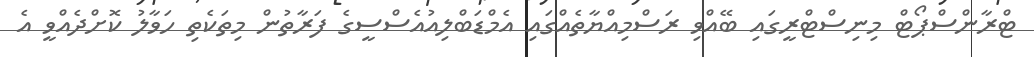
ޓްރާންސްޕޯޓް މިނިސްޓްރީގައި ބޭއްވި ރަސްމިއްޔާތެއްގައި އެމްޑަބްލިއުއެސްސީގެ ފަރާތުން މިތަކެތި ހަވާލު ކޮށްދެއްވީ އެ